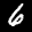
Label: 6